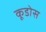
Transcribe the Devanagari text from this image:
कूडोस